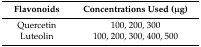
<table><thead><tr><td><b>Flavonoids</b></td><td><b>Concentrations Used (μg)</b></td></tr></thead><tbody><tr><td>Quercetin</td><td>100, 200, 300</td></tr><tr><td>Luteolin</td><td>100, 200, 300, 400, 500</td></tr></tbody></table>